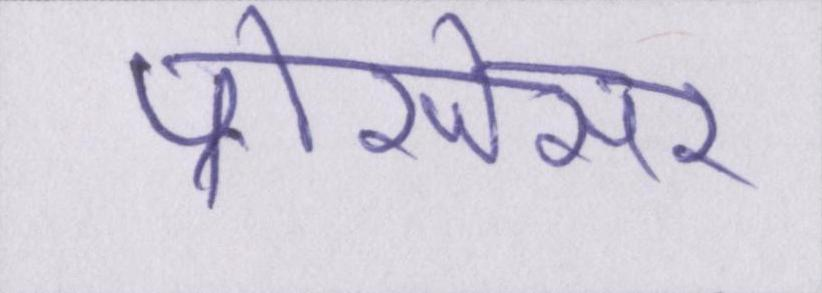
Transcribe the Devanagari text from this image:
प्रोसेसर